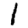
Digit: 1